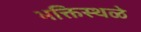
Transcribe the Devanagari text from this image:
भक्तिस्थळे